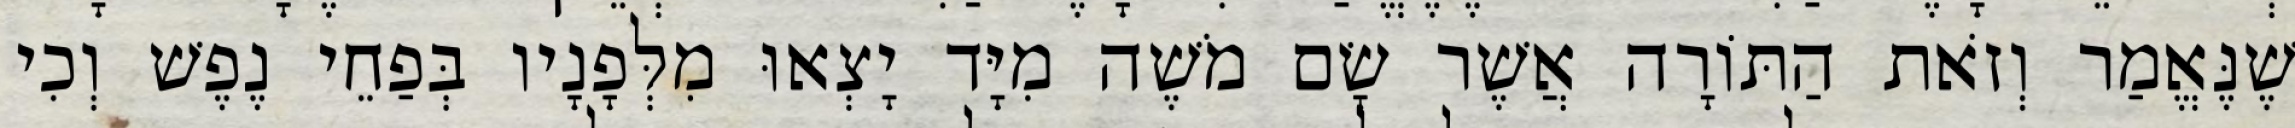
שֶׁנֶּאֱמַר וְזֹאת הַתּוֹרָה אֲשֶׁר שָׂם מֹשֶׁה מִיָּד יָצְאוּ מִלְּפָנָיו בְּפַחֵי נֶפֶשׁ וְכִי